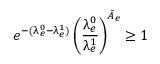
e ^ { - ( \uplambda _ { e } ^ { 0 } - \uplambda _ { e } ^ { 1 } ) } \left( \frac { \uplambda _ { e } ^ { 0 } } { \uplambda _ { e } ^ { 1 } } \right) ^ { \tilde { A } _ { e } } \ge 1